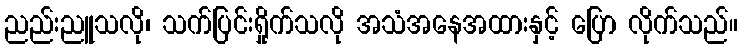
ညည်းညူသလို၊ သက်ပြင်းရှိုက်သလို အသံအနေအထားနှင့် ပြော လိုက်သည်။